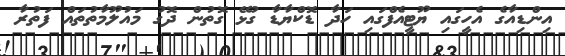
އިންޑިއާގެ އެހީގައި ޔޫޓީއެފްގައި ހަދާ ޑޮކްޔާޑާ ގުޅޭ ގޮތުން ދޮގު މައުލޫމާތުތައް ފަތުރާ